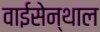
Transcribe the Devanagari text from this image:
वाईसेन्थाल